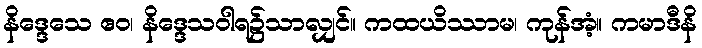
နိဒ္ဒေသေ ဧဝ၊ နိဒ္ဒေသဝါရ၌သာလျှင်။ ကထယိဿာမ၊ ကုန်အံ့။ ကမာဒီနိ